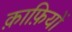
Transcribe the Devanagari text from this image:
क़ाफ़ियों